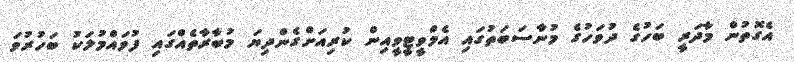
އެގޮތުން މާދަރީ ބަހުގެ ދުވަހުގެ މުނާސަބަތުގައި އެމްވީޓީވީއިން ކުރިއަށްގެންދިޔަ މުބާރާތެއްގައި ފުވައްމުލަކު ބަހުރުވަ